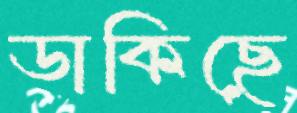
ডাকিছে